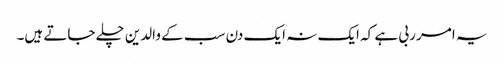
یہ امر ربی ہے کہ ایک نہ ایک دن سب کے والدین چلے جاتے ہیں۔